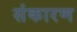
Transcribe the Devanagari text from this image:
संकारण